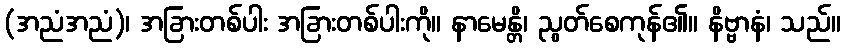
(အညံအညံ)၊ အခြားတစ်ပါး အခြားတစ်ပါးကို။ နာမေန္တိ၊ ညွတ်စေကုန်၏။ နိဗ္ဗာနံ၊ သည်။